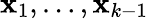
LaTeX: \mathbf{x}_{1},\dots,\mathbf{x}_{k-1}